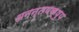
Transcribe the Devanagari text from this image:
अनन्तयक्षुय